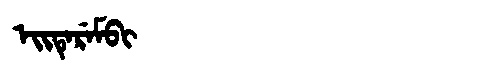
Manchu: ᡝᡳᡨᡝᡵᡝᠮᠪᡳ
Romanization: EITEREMBI